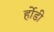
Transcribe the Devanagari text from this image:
र्होडी